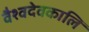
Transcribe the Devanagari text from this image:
वैश्वदेवकालि